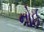
નોઈ